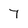
Character: 7